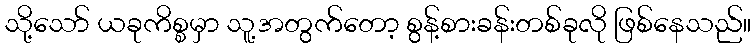
သို့သော် ယခုကိစ္စမှာ သူ့အတွက်တော့ စွန့်စားခန်းတစ်ခုလို ဖြစ်နေသည်။